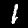
Label: 1